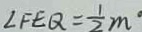
\angle F E Q = \frac { 1 } { 2 } m \cdot